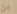
من